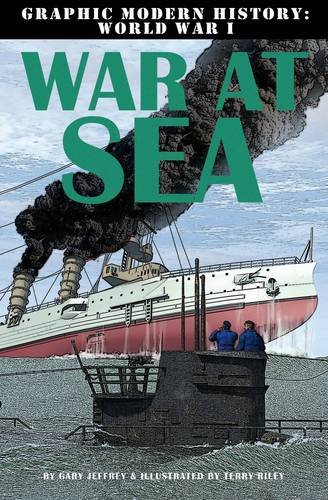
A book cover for War at Sea (Graphic Modern History: World War I (Crabtree)); Gary Jeffrey; Children's Books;